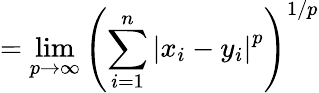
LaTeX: =\operatorname*{lim}_{p\to\infty}\left(\sum_{i=1}^{n}\left|x_{i}-y_{i}\right|^{p}\right)^{1/p}